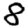
Digit: 8